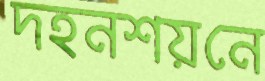
দহনশয়নে